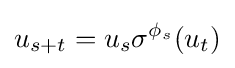
u_{s+t}=u_{s}\sigma ^{\phi _{s}}(u_{t})